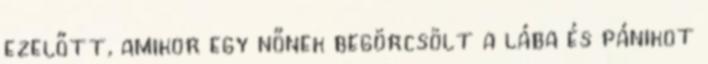
ezelőtt, amikor egy nőnek begörcsölt a lába és pánikot